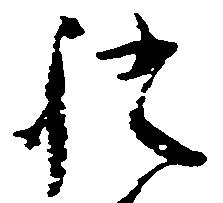
証